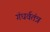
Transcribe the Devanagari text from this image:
गंधर्वतंत्र